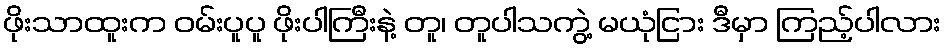
ဖိုးသာထူးက ဝမ်းပူပူ ဖိုးပါကြီးနဲ့ တူ၊ တူပါသကွဲ့ မယုံငြား ဒီမှာ ကြည့်ပါလား